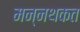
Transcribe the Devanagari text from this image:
मन्नथकत